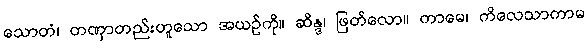
သောတံ၊ တဏှာတည်းဟူသော အယဉ်ကို။ ဆိန္ဒ၊ ဖြတ်လော။ ကာမေ၊ ကိလေသာကာမ